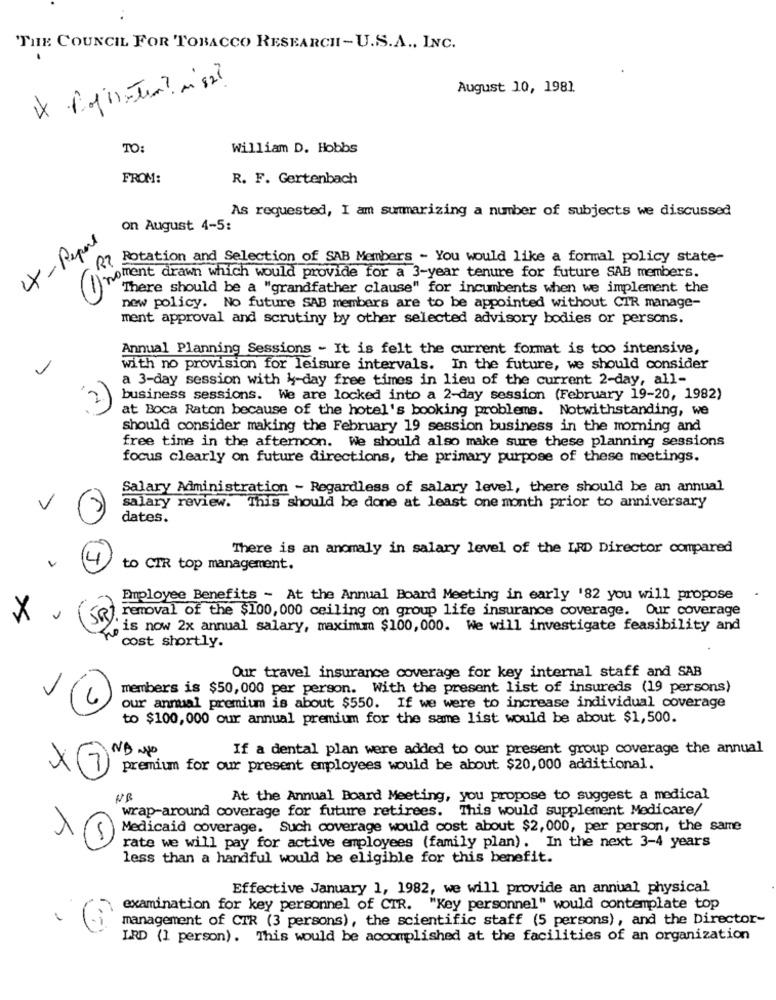
THE COUNCIL FOR TOBACCO RESEARCH - U.S.A ., INC.
August 10, 1981.
TO
William D. Hobbs
FROM:
R. F. Gertenbach
As requested, I am summarizing a number of subjects we discussed
on August 4-5:
4X - Report
27 Rotation and Selection of SAB Members - You would like a formal policy state-
pment drawn which would provide for a 3-year tenure for future SAB members.
"There should be a "grandfather clause" for incumbents when we implement the
new policy. No future SAB members are to be appointed without CTR manage-
ment approval and scrutiny by other selected advisory bodies or persons.
Annual Planning Sessions - It is felt the current format is too intensive,
with no provision for leisure intervals. In the future, we should consider
a 3-day session with 4-day free times in lieu of the current 2-day, all-
business sessions. We are locked into a 2-day session (February 19-20, 1982)
at Boca Raton because of the hotel's booking problems. Notwithstanding, we
should consider making the February 19 session business in the morning and
free time in the afternoon. We should also make sure these planning sessions
focus clearly on future directions, the primary purpose of these meetings.
Salary Administration - Regardless of salary level, there should be an annual
salary review. This should be done at least one month prior to anniversary
dates.
There is an anomaly in salary level of the LRD Director compared
to CIR top management.
Employee Benefits - At the Annual Board Meeting in early '82 you will propose
removal of the $100, 000 ceiling on group life insurance coverage. Our coverage
X
JR
is now 2x annual salary, maximum $100, 000. We will investigate feasibility and
cost shortly.
Our travel insurance coverage for key internal staff and SAB
members is $50,000 per person. With the present list of insureds (19 persons)
our annual premium is about $550. If we were to increase individual coverage
to $100,000 our annual premium for the same list would be about $1,500.
If a dental plan were added to our present group coverage the annual
×
premium for our present employees would be about. $20, 000 additional.
At the Annual Board Meeting, you propose to suggest a medical
wrap-around coverage for future retirees. This would supplement Medicare/
Medicaid coverage. Such coverage would cost about $2, 000, per person, the same
5
rate we will pay for active employees (family plan). In the next 3-4 years
less than a handful would be eligible for this benefit.
Effective January 1, 1982, we will provide an annual physical
examination for key personnel of CIR. "Key personnel" would contemplate top
management of CTR (3 persons), the scientific staff (5 persons), and the Director-
L.RD (1 person). This would be accomplished at the facilities of an organization